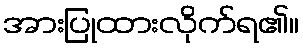
အားပြုထားလိုက်ရ၏။